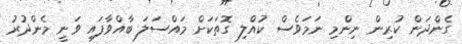
ގެންދަން ކުރިން ނިންމި ނަމަވެސް ކުއްލި ގޮތަކަށް މައްސަލަ ބާއްވާފައި ވަނީ މެންދުރު